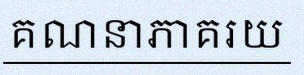
គណនាភាគរយ